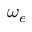
\omega _ { e }